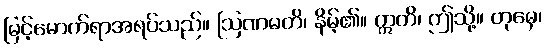
မြင့်မောက်ရာအရပ်သည်။ ဩဏမတိ၊ နိမ့်၏။ ဣတိ၊ ဤသို့။ တုမှေ၊